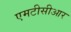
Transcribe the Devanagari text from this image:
एमटीसीआर